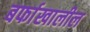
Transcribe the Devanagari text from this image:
बर्फाखालील